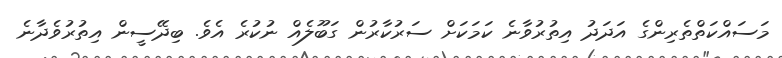
މަސައްކަތްތެރިންގެ އަދަދު އިތުރުވާނެ ކަމަކަށް ސަރުކާރުން ގަބޫލެއް ނުކުރެ އެވެ. ބިދޭސީން އިތުރުވެދާނެ